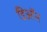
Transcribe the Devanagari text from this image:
डिऑन